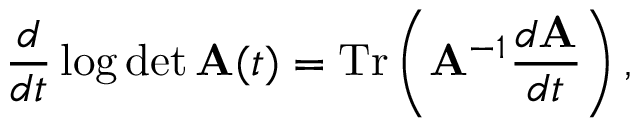
\frac d { d t } \log \operatorname * { d e t } { \bf A } ( t ) = \mathrm { T } \mathrm { r } \left( { \bf A } ^ { - 1 } \frac { d { \bf A } } { d t } \right) ,